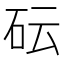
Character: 𥐯